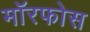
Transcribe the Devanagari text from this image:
मॉरफोस